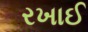
રખાઈ